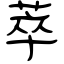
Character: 萃